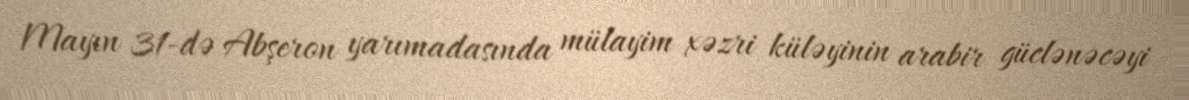
Mayın 31-də Abşeron yarımadasında mülayim xəzri küləyinin arabir güclənəcəyi